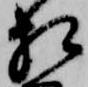
相